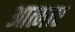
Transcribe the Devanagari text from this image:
आत्माए